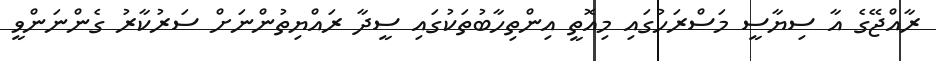
ރާއްޖޭގެ އާ ސިޔާސީ މަސްރަހުގައި މިއޮތީ އިންތިހާބުތަކުގައި ސީދާ ރައްޔިތުންނަށް ސަރުކާރު ގެންނަންވީ